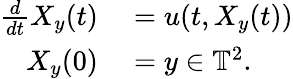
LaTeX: \begin{array}{rl}{\frac{d}{dt}X_{y}(t)}&{{}=u(t,X_{y}(t))}\\ {X_{y}(0)}&{{}=y\in\mathbb{T}^{2}.}\end{array}